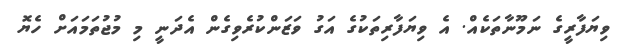
ވިޔަފާރީގެ ނަމޫނާތަކެއް. އެ ވިޔަފާރިތަކުގެ އަގު ވަޒަންކުރެވިގެން އެދަނީ މި މުޖުތަމައަށް ހެޔޮ